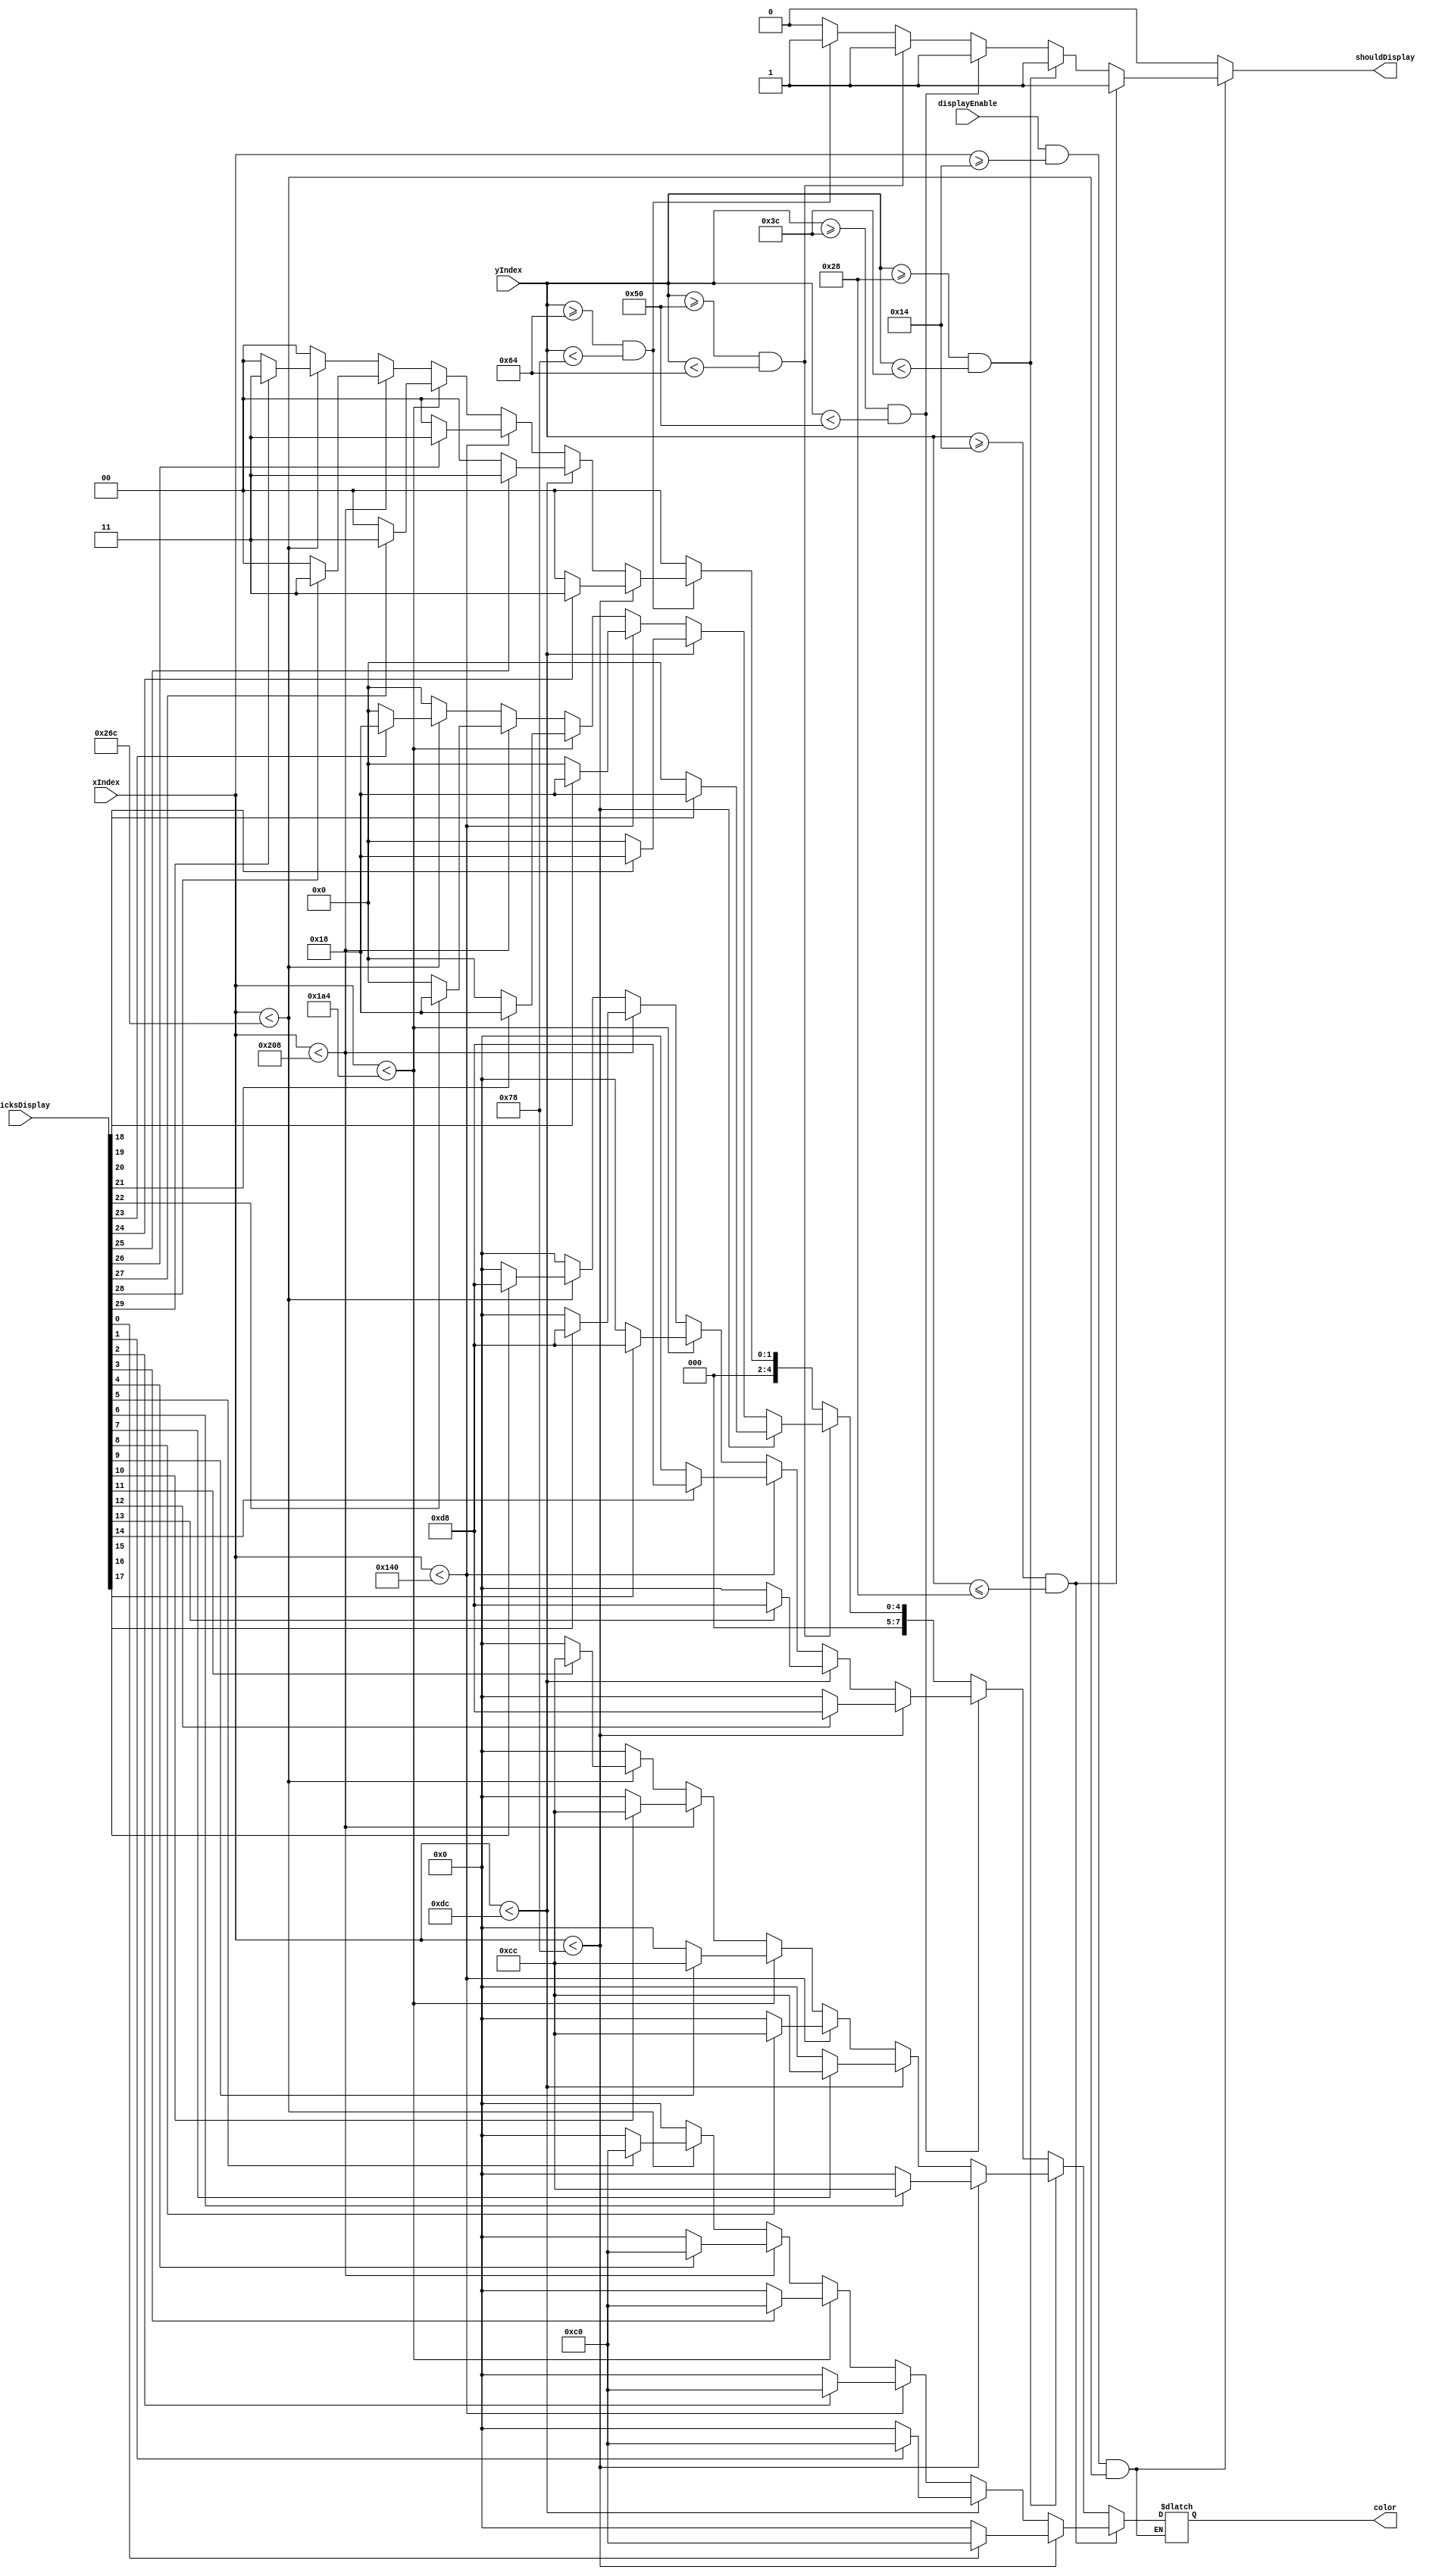
`timescale 1ns / 1ps
//////////////////////////////////////////////////////////////////////////////////
// Company: 
// Engineer: 
// 
// Design Name: 
// Module Name:    bricks 
// Project Name: 
// Target Devices: 
// Tool versions: 
// Description: 
//
// Dependencies: 
//
// Revision: 
// Revision 0.01 - File Created
// Additional Comments: 
//
//////////////////////////////////////////////////////////////////////////////////
module bricks(
		input[9:0] xIndex,
		input[9:0] yIndex,
		input displayEnable,
		input [29:0] bricksDisplay,
		output reg[7:0] color,
		output reg shouldDisplay
    );
	// red 6:0
	// orange 12:7
	// yellow 18:13
	// green 24:19
	// blue 30:25
	parameter startXCoord = 20;
	parameter startYCoord = 20;
	parameter endXCoord = 620;
	parameter brickYSize = 20;
	parameter brickXSize = 100;
	parameter redColor = 8'b11000000;
	parameter orangeColor = 8'b11001100;
	parameter yellowColor = 8'b11011000;
	parameter greenColor = 8'b00011000;
	parameter blueColor = 8'b00000011;
	parameter blackColor = 8'b00000000;
	
	
	
	always @(*) begin  
		if((displayEnable)&&(xIndex>=startXCoord)&&(xIndex<startXCoord+brickXSize*6)) begin
			if((yIndex>=startYCoord)&&(yIndex<=startYCoord+brickYSize)) begin 
				if(xIndex<startXCoord+brickXSize) begin
					color = bricksDisplay[0] ? redColor : blackColor;
				end else if(xIndex<startXCoord+2*brickXSize) begin 
					color = bricksDisplay[1] ? redColor : blackColor;
				end else if(xIndex<startXCoord+3*brickXSize) begin 
					color = bricksDisplay[2] ? redColor : blackColor;
				end else if(xIndex<startXCoord+4*brickXSize) begin 
					color = bricksDisplay[3] ? redColor : blackColor;
				end else if(xIndex<startXCoord+5*brickXSize) begin 
					color = bricksDisplay[4] ? redColor : blackColor;
				end else if(xIndex<startXCoord+6*brickXSize) begin 
					color = bricksDisplay[5] ? redColor : blackColor;
				end else begin
					color = 8'b00000000;
				end
				shouldDisplay = 1;
			end else if((yIndex>=startYCoord+brickYSize)&&(yIndex<startYCoord+brickYSize*2)) begin 
				if(xIndex<startXCoord+brickXSize) begin
					color = bricksDisplay[6] ? orangeColor : blackColor;
				end else if(xIndex<startXCoord+2*brickXSize) begin 
					color = bricksDisplay[7] ? orangeColor : blackColor;
				end else if(xIndex<startXCoord+3*brickXSize) begin 
					color = bricksDisplay[8] ? orangeColor : blackColor;
				end else if(xIndex<startXCoord+4*brickXSize) begin 
					color = bricksDisplay[9] ? orangeColor : blackColor;
				end else if(xIndex<startXCoord+5*brickXSize) begin 
					color = bricksDisplay[10] ? orangeColor : blackColor;
				end else if(xIndex<startXCoord+6*brickXSize) begin 
					color = bricksDisplay[11] ? orangeColor : blackColor;
				end else begin
					color = 8'b00000000;
				end
				shouldDisplay = 1;
			end else if((yIndex>=startYCoord+brickYSize*2)&&(yIndex<startYCoord+brickYSize*3)) begin 
				if(xIndex<startXCoord+brickXSize) begin
					color = bricksDisplay[12] ? yellowColor : blackColor;
				end else if(xIndex<startXCoord+2*brickXSize) begin 
					color = bricksDisplay[13] ? yellowColor : blackColor;
				end else if(xIndex<startXCoord+3*brickXSize) begin 
					color = bricksDisplay[14] ? yellowColor : blackColor;
				end else if(xIndex<startXCoord+4*brickXSize) begin 
					color = bricksDisplay[15] ? yellowColor : blackColor;
				end else if(xIndex<startXCoord+5*brickXSize) begin 
					color = bricksDisplay[16] ? yellowColor : blackColor;
				end else if(xIndex<startXCoord+6*brickXSize) begin 
					color = bricksDisplay[17] ? yellowColor : blackColor;
				end else begin
					color = 8'b00000000;
				end
				shouldDisplay = 1;
			end else if((yIndex>=startYCoord+brickYSize*3)&&(yIndex<startYCoord+brickYSize*4)) begin 
				if(xIndex<startXCoord+brickXSize) begin
					color = bricksDisplay[18] ? greenColor : blackColor;
				end else if(xIndex<startXCoord+2*brickXSize) begin 
					color = bricksDisplay[19] ? greenColor : blackColor;
				end else if(xIndex<startXCoord+3*brickXSize) begin 
					color = bricksDisplay[20] ? greenColor : blackColor;
				end else if(xIndex<startXCoord+4*brickXSize) begin 
					color = bricksDisplay[21] ? greenColor : blackColor;
				end else if(xIndex<startXCoord+5*brickXSize) begin 
					color = bricksDisplay[22] ? greenColor : blackColor;
				end else if(xIndex<startXCoord+6*brickXSize) begin 
					color = bricksDisplay[23] ? greenColor : blackColor;
				end else begin
					color = 8'b00000000;
				end
				shouldDisplay = 1;
			end else if((yIndex>=startYCoord+brickYSize*4)&&(yIndex<startYCoord+brickYSize*5)) begin 
				if(xIndex<startXCoord+brickXSize) begin
					color = bricksDisplay[24] ? blueColor : blackColor;
				end else if(xIndex<startXCoord+2*brickXSize) begin 
					color = bricksDisplay[25] ? blueColor : blackColor;
				end else if(xIndex<startXCoord+3*brickXSize) begin 
					color = bricksDisplay[26] ? blueColor : blackColor;
				end else if(xIndex<startXCoord+4*brickXSize) begin 
					color = bricksDisplay[27] ? blueColor : blackColor;
				end else if(xIndex<startXCoord+5*brickXSize) begin 
					color = bricksDisplay[28] ? blueColor : blackColor;
				end else if(xIndex<startXCoord+6*brickXSize) begin 
					color = bricksDisplay[29] ? blueColor : blackColor;
				end else begin
					color = 8'b00000000;
				end
				shouldDisplay = 1;
			end else begin 
				color = 8'b00000000;
				shouldDisplay = 0;
			end 
		end else begin 
			shouldDisplay = 0;
		end
	end

endmodule